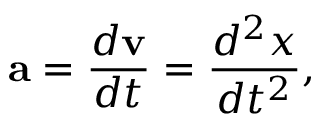
\mathbf { a } = { \frac { d \mathbf { v } } { d t } } = { \frac { d ^ { 2 } { \boldsymbol { x } } } { d t ^ { 2 } } } ,